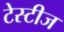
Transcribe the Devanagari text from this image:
टेस्टीज